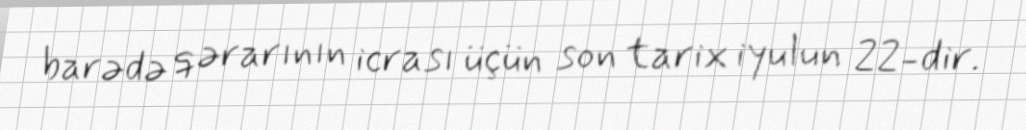
barədə qərarının icrası üçün son tarix iyulun 22-dir.